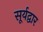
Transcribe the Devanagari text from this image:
सूर्यद्वार